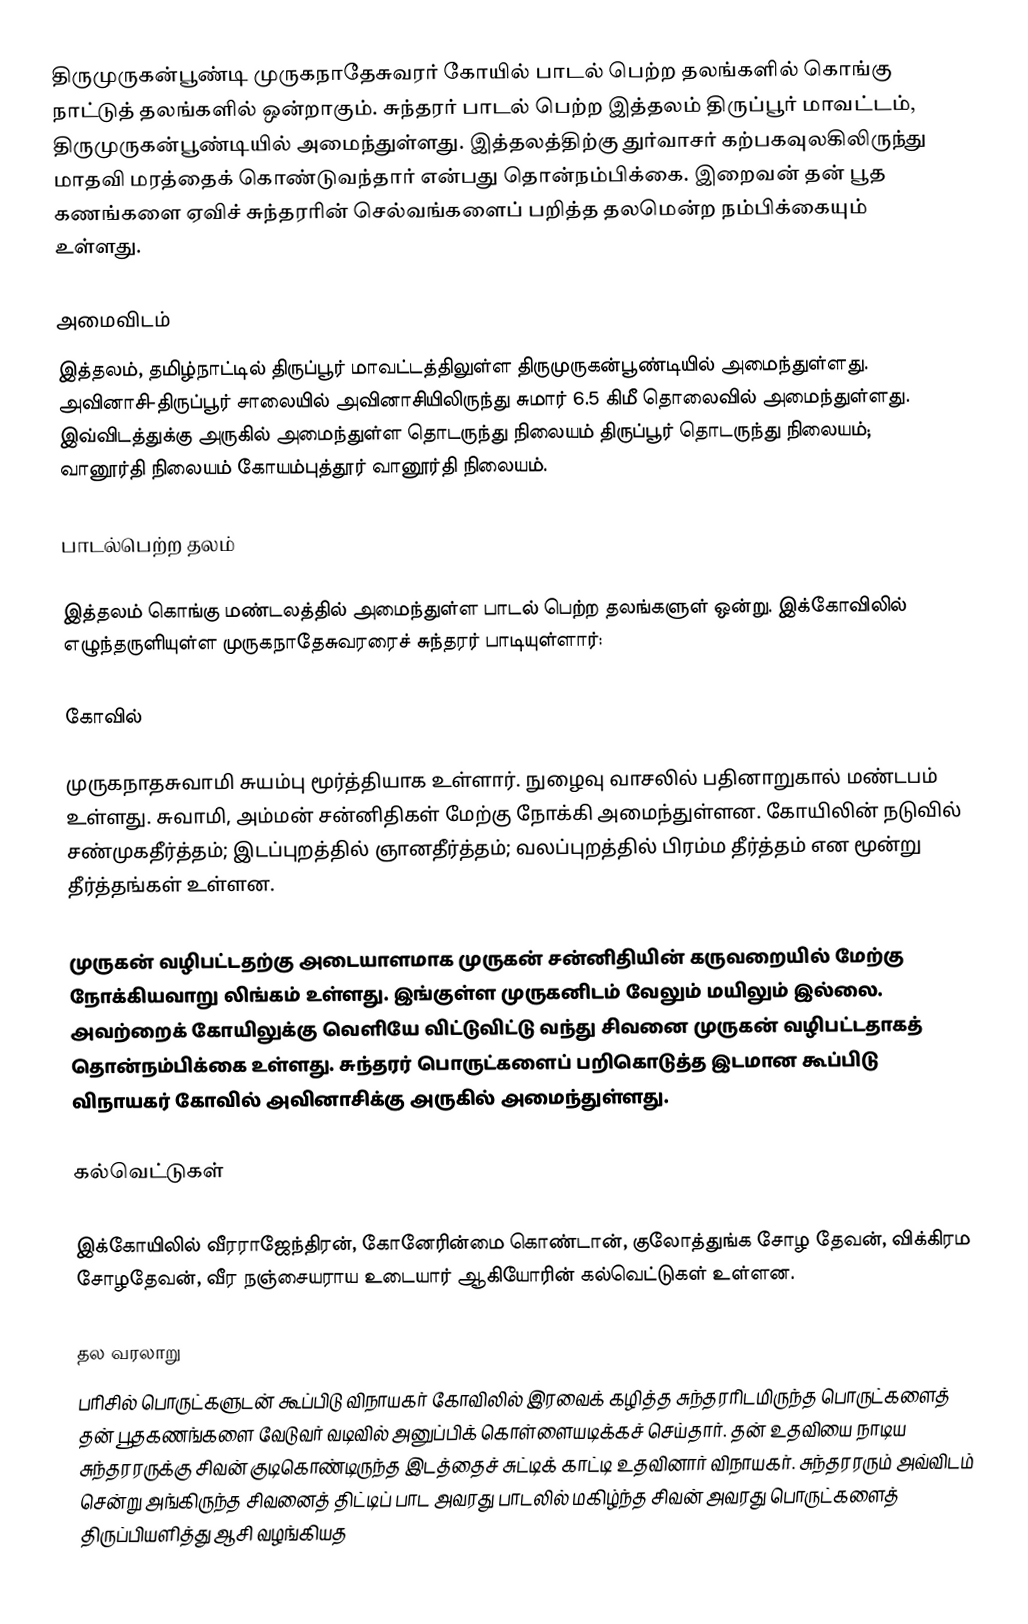
திருமுருகன்பூண்டி முருகநாதேசுவரர் கோயில் பாடல் பெற்ற தலங்களில் கொங்கு நாட்டுத் தலங்களில் ஒன்றாகும். சுந்தரர் பாடல் பெற்ற இத்தலம் திருப்பூர் மாவட்டம்,  திருமுருகன்பூண்டியில் அமைந்துள்ளது. இத்தலத்திற்கு துர்வாசர் கற்பகவுலகிலிருந்து மாதவி மரத்தைக் கொண்டுவந்தார் என்பது தொன்நம்பிக்கை. இறைவன் தன் பூத கணங்களை ஏவிச் சுந்தரரின் செல்வங்களைப் பறித்த தலமென்ற நம்பிக்கையும் உள்ளது.

அமைவிடம்
இத்தலம், தமிழ்நாட்டில் திருப்பூர் மாவட்டத்திலுள்ள திருமுருகன்பூண்டியில் அமைந்துள்ளது. அவினாசி-திருப்பூர் சாலையில் அவினாசியிலிருந்து சுமார் 6.5 கிமீ தொலைவில் அமைந்துள்ளது. இவ்விடத்துக்கு அருகில் அமைந்துள்ள தொடருந்து நிலையம் திருப்பூர் தொடருந்து நிலையம்; வானூர்தி நிலையம் கோயம்புத்தூர் வானூர்தி நிலையம்.

பாடல்பெற்ற தலம்

இத்தலம் கொங்கு மண்டலத்தில் அமைந்துள்ள பாடல் பெற்ற தலங்களுள் ஒன்று. இக்கோவிலில் எழுந்தருளியுள்ள முருகநாதேசுவரரைச் சுந்தரர் பாடியுள்ளார்:

கோவில்

முருகநாதசுவாமி சுயம்பு மூர்த்தியாக உள்ளார். நுழைவு வாசலில் பதினாறுகால் மண்டபம் உள்ளது. சுவாமி, அம்மன் சன்னிதிகள் மேற்கு நோக்கி அமைந்துள்ளன. கோயிலின் நடுவில் சண்முகதீர்த்தம்; இடப்புறத்தில் ஞானதீர்த்தம்; வலப்புறத்தில் பிரம்ம தீர்த்தம் என மூன்று தீர்த்தங்கள் உள்ளன.

முருகன் வழிபட்டதற்கு அடையாளமாக முருகன் சன்னிதியின் கருவறையில் மேற்கு நோக்கியவாறு லிங்கம் உள்ளது.  இங்குள்ள முருகனிடம் வேலும் மயிலும் இல்லை. அவற்றைக் கோயிலுக்கு வெளியே விட்டுவிட்டு வந்து சிவனை முருகன் வழிபட்டதாகத் தொன்நம்பிக்கை உள்ளது. சுந்தரர் பொருட்களைப் பறிகொடுத்த இடமான கூப்பிடு விநாயகர் கோவில் அவினாசிக்கு அருகில் அமைந்துள்ளது.

கல்வெட்டுகள்

இக்கோயிலில் வீரராஜேந்திரன், கோனேரின்மை கொண்டான், குலோத்துங்க சோழ தேவன், விக்கிரம சோழதேவன், வீர நஞ்சையராய உடையார் ஆகியோரின் கல்வெட்டுகள் உள்ளன.

தல வரலாறு
பரிசில் பொருட்களுடன் கூப்பிடு விநாயகர் கோவிலில் இரவைக் கழித்த சுந்தரரிடமிருந்த பொருட்களைத் தன் பூதகணங்களை வேடுவர் வடிவில் அனுப்பிக் கொள்ளையடிக்கச் செய்தார். தன் உதவியை நாடிய சுந்தரரருக்கு சிவன் குடிகொண்டிருந்த இடத்தைச் சுட்டிக் காட்டி உதவினார் விநாயகர். சுந்தரரரும் அவ்விடம் சென்று அங்கிருந்த சிவனைத் திட்டிப் பாட அவரது பாடலில் மகிழ்ந்த சிவன் அவரது பொருட்களைத் திருப்பியளித்து ஆசி வழங்கியத